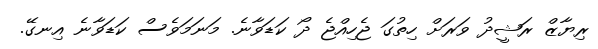
ރިޔާޒް ރަޝީދު ވަރަށް ހިތުގަ ޖެހިއްޖެ ދޯ ކަޑަވާނެ. މަނަމަވެސް ކަޑަވާނެ އިނގޭ.